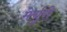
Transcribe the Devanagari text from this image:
मेर्चुरी